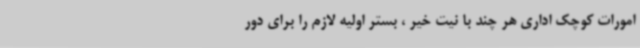
امورات کوچک اداری هر چند با نیت خیر ، بستر اولیه لازم را برای دور